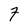
Character: 7